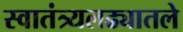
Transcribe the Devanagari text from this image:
स्वातंत्र्यलढ्यातले